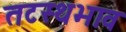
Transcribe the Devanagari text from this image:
तटस्थभाव